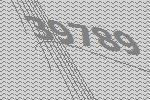
39789